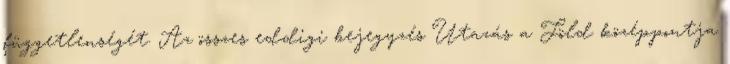
függetlenségét. Az összes eddigi bejegyzés Utazás a Föld középpontja